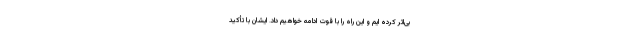
بی‌اثر کرده ایم و این راه را با قوت ادامه خواهیم داد. ایشان با تأکید